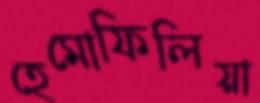
হেমোফিলিয়া